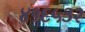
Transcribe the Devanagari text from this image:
४१६५३२